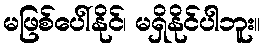
မဖြစ်ပေါ်နိုင်၊ မရှိနိုင်ပါဘူး။